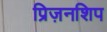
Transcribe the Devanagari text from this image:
प्रिज़नशिप